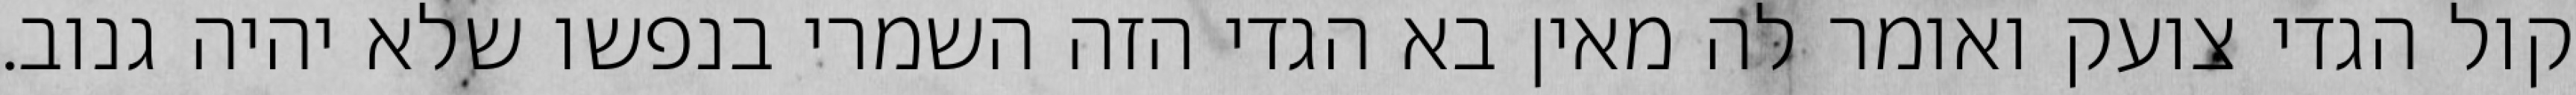
קול הגדי צועק ואומר לה מאין בא הגדי הזה השמרי בנפשו שלא יהיה גנוב.